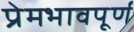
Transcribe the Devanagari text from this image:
प्रेमभावपूर्ण